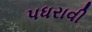
પધરાવી